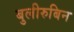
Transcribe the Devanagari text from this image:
बुलीरुबिन